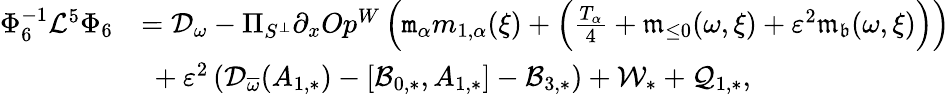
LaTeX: \begin{array}{rl}{\Phi_{6}^{-1}\mathcal{L}^{5}\Phi_{6}}&{=\mathcal{D}_{\omega}-\Pi_{S^{\perp}}\partial_{x}Op^{W}\left(\mathtt{m}_{\alpha}m_{1,\alpha}(\xi)+\left(\frac{T_{\alpha}}4+\mathfrak{m}_{\le 0}(\omega,\xi)+\varepsilon^{2}\mathfrak{m}_{\mathfrak{b}}(\omega,\xi)\right)\right)}\\ &{\ +\varepsilon^{2}\left(\mathcal{D}_{\overline{{\omega}}}(A_{1,*})-[\mathcal{B}_{0,*},A_{1,*}]-\mathcal{B}_{3,*}\right)+\mathcal{W}_{*}+\mathcal{Q}_{1,*},}\end{array}